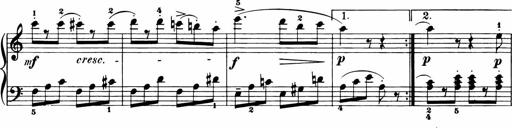
Title: 11 Sonatinas for Piano Solo
Composer: Anton Diabelli